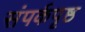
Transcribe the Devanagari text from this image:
संपर्कपृष्ठ